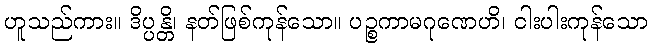
ဟူသည်ကား။ ဒိပ္ပန္တိ၊ နတ်ဖြစ်ကုန်သော။ ပဉ္စကာမဂုဏေဟိ၊ ငါးပါးကုန်သော